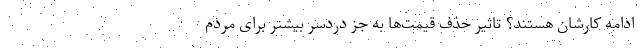
ادامه کارشان هستند؟ تاثیر حذف قیمت‌ها به جز دردسر بیشتر برای مردم